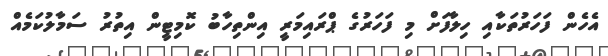
އެހެން ފަހަރުތަކާއި ހިލާފަށް މި ފަހަރުގެ ޕްރައިމަރީ އިންތިހާބު ކޮމިޓީން އިތުރު ސަމާލުކަމެއް